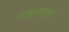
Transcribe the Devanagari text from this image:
चामुंडारायपुराण